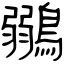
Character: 鶸